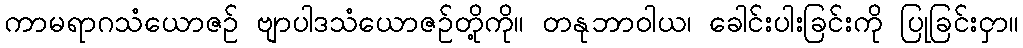
ကာမရာဂသံယောဇဉ် ဗျာပါဒသံယောဇဉ်တို့ကို။ တနုဘာဝါယ၊ ခေါင်းပါးခြင်းကို ပြုခြင်းငှာ။